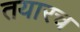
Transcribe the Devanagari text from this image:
तयारच